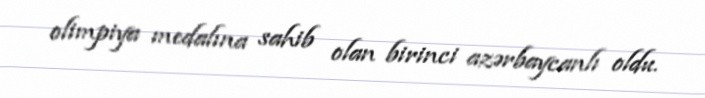
olimpiya medalına sahib olan birinci azərbaycanlı oldu.